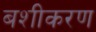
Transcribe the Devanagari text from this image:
बशीकरण